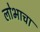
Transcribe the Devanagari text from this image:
लोभाचा